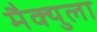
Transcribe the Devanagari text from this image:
मैक्युला